Annual report on the health of the army in India
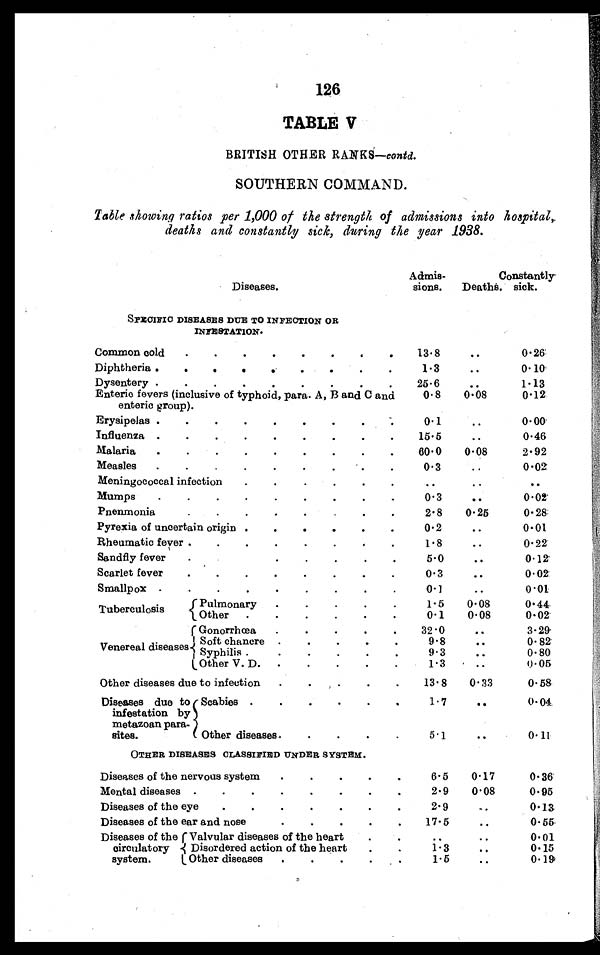
126
TABLE V
BRITISH OTHER RANKS—contd.
SOUTHERN COMMAND.
Table showing ratios per 1,000 of the strength of admissions into hospital,
deaths and constantly sick, during the year 1938.
Diseases.
Admis-
sions.
Deaths.
Constantly
sick.
SPECIFIC DISEASES DUE TO INFECTION OR
INFESTATION.
Common cold . . .
13.8
. . .
0.26
Diphtheria . . .
1.3
. . .
0.10
Dysentery . . .
25.6
. . .
1. 13
Enteric fevers (inclusive of typhoid, para. A, B and C and
enteric group).
0.8
0.08
0.12
Erysipelas . . .
0.1
. . .
0.00
Influenza . . .
15.5
. . .
0.46
Malaria . . .
60.0
0.08
2.92
Measles . . .
0.3
. . .
0.02
Meningococcal infection . . .
. . .
. . .
. . .
Mumps . . .
0.3
. . .
0.02
Pnenmonia . . .
2.8
0.25
0.28
Pyrexia of uncertain origin . . .
0.2
. . .
0.01
Rheumatic fever . . .
1.8
. . .
0.22
Sandfly fever . . .
5.0
. . .
0.12
Scarlet fever . . .
0.3
. . .
0.02
Smallpox . . .
0.1
. . .
0.01
Tuberculosis
Pulmonary . . .
1.5
0.08
0.44
Other . . .
0.1
0.08
0.02
l
enerea disea
V e n e r e a l d i s e a s e s
Gonorrhoea . . .
32.0
. . .
3.29
Soft chancre . . .
9.8
. . .
0.82
S y p h i l i s . . .
9.3
. . .
0.80
Other V. D. . . .
1.3
. . .
0.05
Other diseases due to infection . . .
13. 8
0.33
0.58
Diseases due to
infestation by
metazoan para -
sites.
Scabies . . .
1.7
. . .
0.04
Other diseases . . .
5.1
. . .
0. 11
OTHER DISEASES CLASSIFIED UNDER SYSTEM.
Diseases of the nervous system . . .
6.5
0.17
0.36
Mental diseases . . .
2.9
0.08
0.95
Diseases of the eye . . .
2.9
. . .
0. 13
Diseases of the ear and nose . . .
17.5
. . .
0.55
Diseases of the
circulatory
system.
Valvular diseases of the heart . . .
. . .
. . .
0.01
Disordered action of the heart . . .
1.3
. . .
0.15
Other diseases . . .
1.5
. . .
0.19